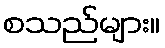
စသည်များ။